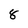
Character: 8